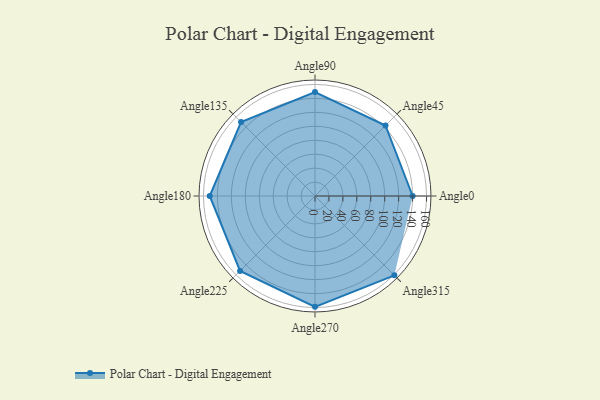
{"axis": {"x": "Angle", "y": "Radius"}, "legend": [""], "data": [{"x": "Angle0", "y": 140.0, "type": ""}, {"x": "Angle45", "y": 143.0, "type": ""}, {"x": "Angle90", "y": 149.0, "type": ""}, {"x": "Angle135", "y": 150.0, "type": ""}, {"x": "Angle180", "y": 151.0, "type": ""}, {"x": "Angle225", "y": 152.0, "type": ""}, {"x": "Angle270", "y": 159.0, "type": ""}, {"x": "Angle315", "y": 161.0, "type": ""}]}